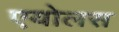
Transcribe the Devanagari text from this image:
एयोलस